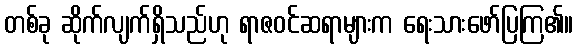
တစ်ခု ဆိုက်လျက်ရှိသည်ဟု ရာဇဝင်ဆရာများက ရေးသားဖော်ပြကြ၏။